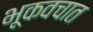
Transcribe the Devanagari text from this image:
भूकवचात